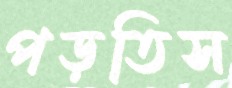
পড়তিস